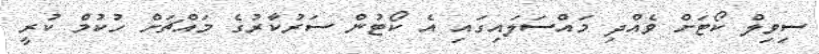
ސިވިލް ކޯޓަށް ވެއްދި މައްސަލައިގައި އެ ކޯޓުން ސަރުކާރުގެ މައްޗަށް ހުކުމް ކުރީ